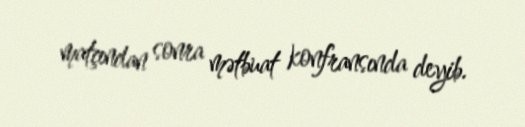
matçından sonra mətbuat konfransında deyib.